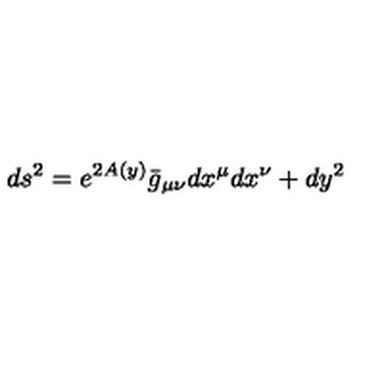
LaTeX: d s ^ { 2 } = e ^ { 2 A ( y ) } \bar { g } _ { \mu \nu } d x ^ { \mu } d x ^ { \nu } + d y ^ { 2 } \